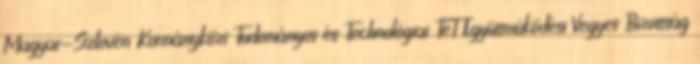
Magyar-Szlovén Kormányközi Tudományos és Technológiai TéT Együttmûködési Vegyes Bizottság